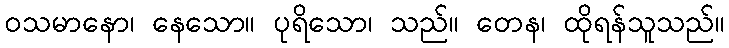
ဝသမာနော၊ နေသော။ ပုရိသော၊ သည်။ တေန၊ ထိုရန်သူသည်။